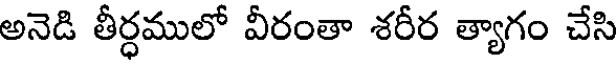
అనెడి తీర్ధములో వీరంతా శరీర త్యాగం చేసి